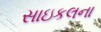
સાઇકલના